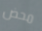
محض